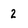
Character: 2